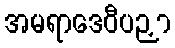
အမရာဒေဝီပဉှာ